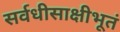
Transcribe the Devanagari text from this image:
सर्वधीसाक्षीभूतं